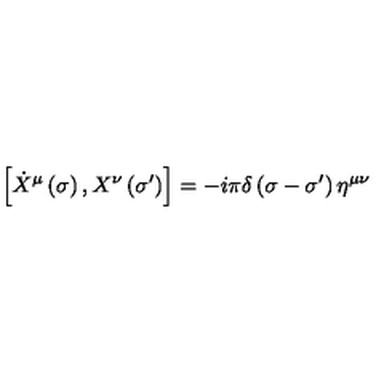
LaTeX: \left[ \dot { X } ^ { \mu } \left( \sigma \right) , X ^ { \nu } \left( \sigma ^ { \prime } \right) \right] = - i \pi \delta \left( \sigma - \sigma ^ { \prime } \right) \eta ^ { \mu \nu }